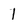
Character: 1